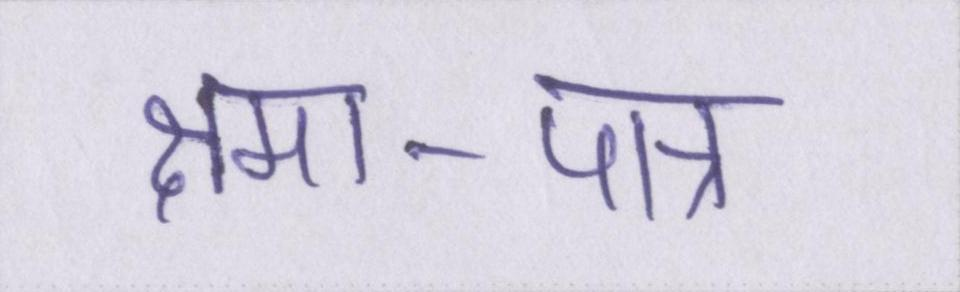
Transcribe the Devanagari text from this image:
क्षमा-पात्र